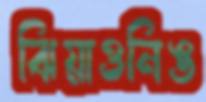
ঝিয়াওনিঙ